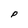
Character: P